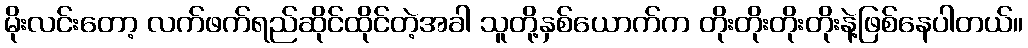
မိုးလင်းတော့ လက်ဖက်ရည်ဆိုင်ထိုင်တဲ့အခါ သူတို့နှစ်ယောက်က တိုးတိုးတိုးတိုးနဲ့ဖြစ်နေပါတယ်။